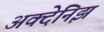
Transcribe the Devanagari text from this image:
अक्देनिझ